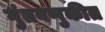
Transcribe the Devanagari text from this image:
गुंतवणुकीत